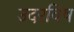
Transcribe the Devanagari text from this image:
उदरविष